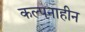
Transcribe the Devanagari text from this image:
कल्पनाहीन